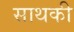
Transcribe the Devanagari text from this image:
साथकी